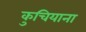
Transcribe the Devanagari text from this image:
कुचियाना